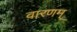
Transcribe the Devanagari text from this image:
वारणम्